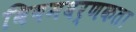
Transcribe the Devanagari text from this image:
विषमवर्णकता